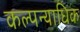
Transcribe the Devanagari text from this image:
कल्पन्याधिक